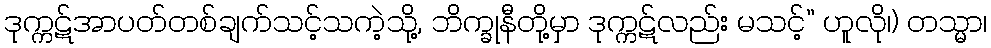
ဒုက္ကဋ်အာပတ်တစ်ချက်သင့်သကဲ့သို့, ဘိက္ခုနီတို့မှာ ဒုက္ကဋ်လည်း မသင့်” ဟူလို၊) တသ္မာ၊